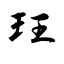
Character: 玨